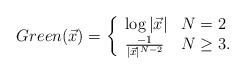
LaTeX: \begin{align*}Green(\vec{x})=\left\{\begin{array}[c]{ll}\log|\vec{x}| & N=2\\\frac{-1}{|\vec{x}|^{N-2}} & N\geq3.\end{array}\right.\end{align*}